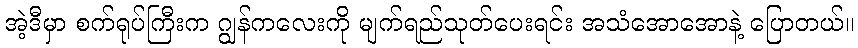
အဲ့ဒီမှာ စက်ရုပ်ကြီးက ဂျွန်ကလေးကို မျက်ရည်သုတ်ပေးရင်း အသံအောအောနဲ့ ပြောတယ်။